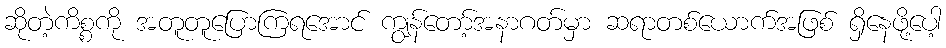
ဆိုတဲ့ကိစ္စကို အတူတူပြောကြရအောင် ကျွန်တော့်အနာဂတ်မှာ ဆရာတစ်ယောက်အဖြစ် ရှိနေဖို့ပေါ့